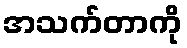
အသက်တာကို